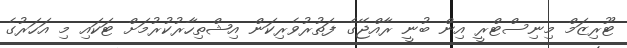
ޓޫރިޒަމް މިނިސްޓްރީ އިން ބުނީ ރާއްޖޭގެ ފަތުރުވެރިކަން އިޝްތިހާރުކުރުމަށް ޓަކައި މި އަހަރުގެ